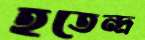
হতেন্দ্র